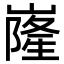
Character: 嶐